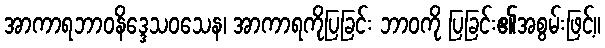
အာကာရဘာဝနိဒ္ဒေသဝသေန၊ အာကာရကိုပြခြင်း ဘာဝကို ပြခြင်း၏အစွမ်းဖြင့်။